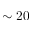
\sim 2 0